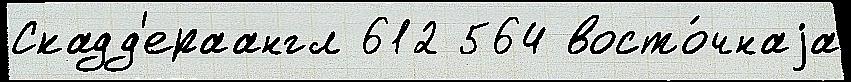
Скадд'ераангл 612 564 восто́чнаjа